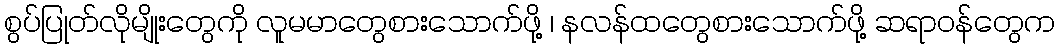
စွပ်ပြုတ်လိုမျိုးတွေကို လူမမာတွေစားသောက်ဖို့ ၊ နလန်ထတွေစားသောက်ဖို့ ဆရာဝန်တွေက